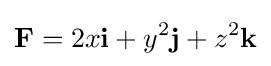
\mathbf {F} =2x\mathbf {i} +y^{2}\mathbf {j} +z^{2}\mathbf {k}